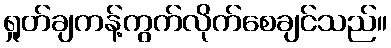
ရှုတ်ချကန့်ကွက်လိုက်စေချင်သည်။